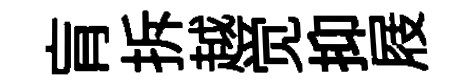
肓拆越觉抑屐